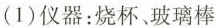
(1)仪器：烧杯、玻璃棒